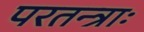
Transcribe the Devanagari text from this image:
परतन्त्राः